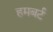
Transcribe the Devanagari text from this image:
हमबर्ट